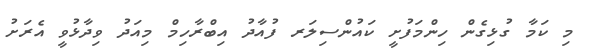
މި ކަމާ ގުޅިގެން ހިންމަފުށީ ކައުންސިލަރ ފުއާދު އިބްރާހިމް މިއަދު ވިދާޅުވީ އެރަށު